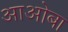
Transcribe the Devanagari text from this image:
आओबा